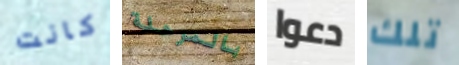
كانت بالمرحلة دعوا تلك